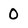
Character: 0